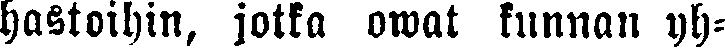
hastoihin, jotka owat kunnan yh-